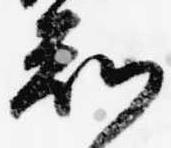
知